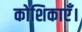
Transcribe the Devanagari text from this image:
कोशिकाएँ।